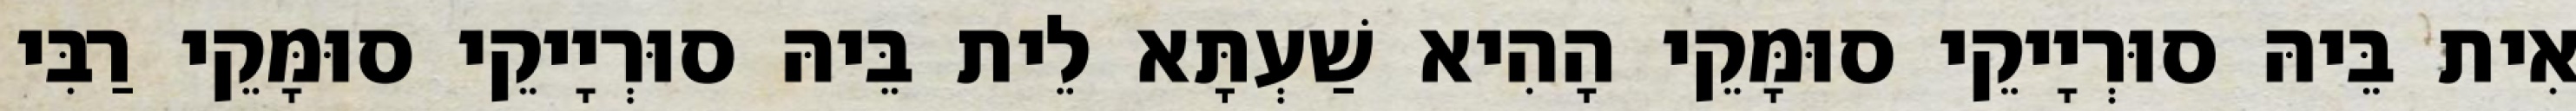
אִית בֵּיהּ סוּרְיָיקֵי סוּמָּקֵי הָהִיא שַׁעְתָּא לֵית בֵּיהּ סוּרְיָיקֵי סוּמָּקֵי רַבִּי